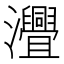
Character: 𤅚